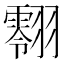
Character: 𮋔